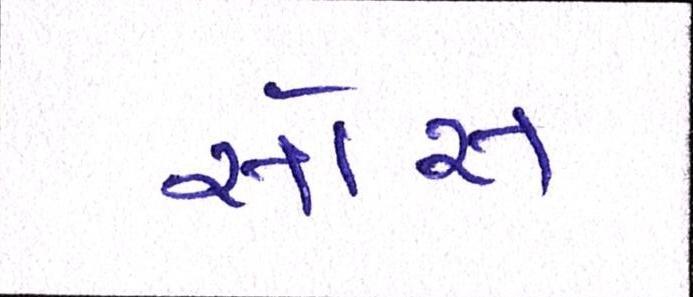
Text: રોસ